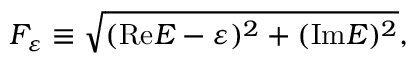
F _ { \varepsilon } \equiv \sqrt { ( \mathrm { R e } E - \varepsilon ) ^ { 2 } + ( \mathrm { I m } E ) ^ { 2 } } ,